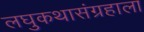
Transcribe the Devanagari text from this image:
लघुकथासंग्रहाला